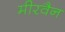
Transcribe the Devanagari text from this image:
मीरवैन